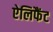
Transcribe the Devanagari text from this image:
ऐलिफैंट